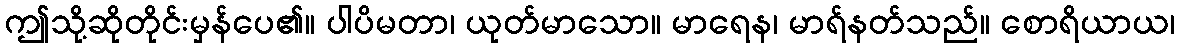
ဤသို့ဆိုတိုင်းမှန်ပေ၏။ ပါပိမတာ၊ ယုတ်မာသော။ မာရေန၊ မာရ်နတ်သည်။ စောရိယာယ၊